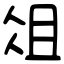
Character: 俎